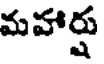
మహార్షు